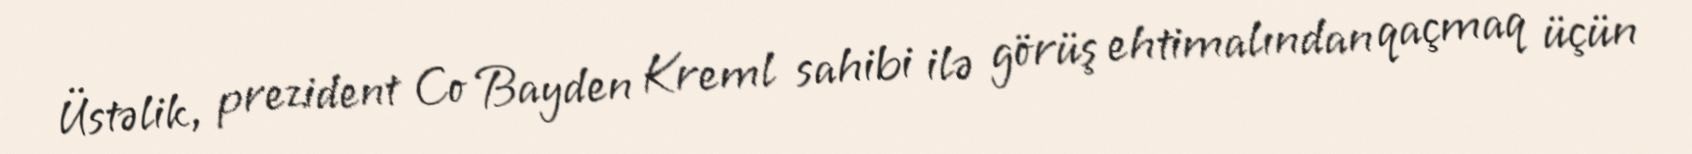
Üstəlik, prezident Co Bayden Kreml sahibi ilə görüş ehtimalından qaçmaq üçün